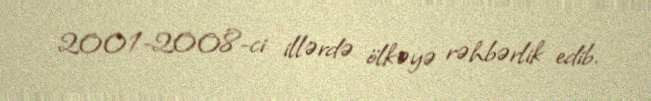
2001-2008-ci illərdə ölkəyə rəhbərlik edib.